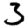
Digit: 3